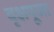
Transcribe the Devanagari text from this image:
वृक्षपूजा